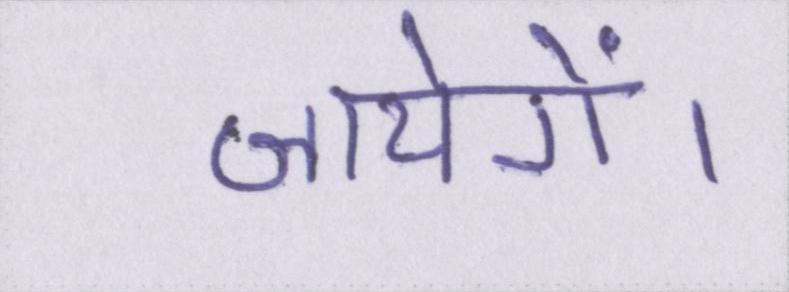
जायेगें।